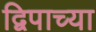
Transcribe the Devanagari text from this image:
द्विपाच्या